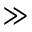
\gg